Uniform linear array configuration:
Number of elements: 12
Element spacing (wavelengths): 0.75
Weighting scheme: uniform
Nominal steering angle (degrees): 60
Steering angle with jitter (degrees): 59.556
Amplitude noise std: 0.05
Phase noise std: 0.05

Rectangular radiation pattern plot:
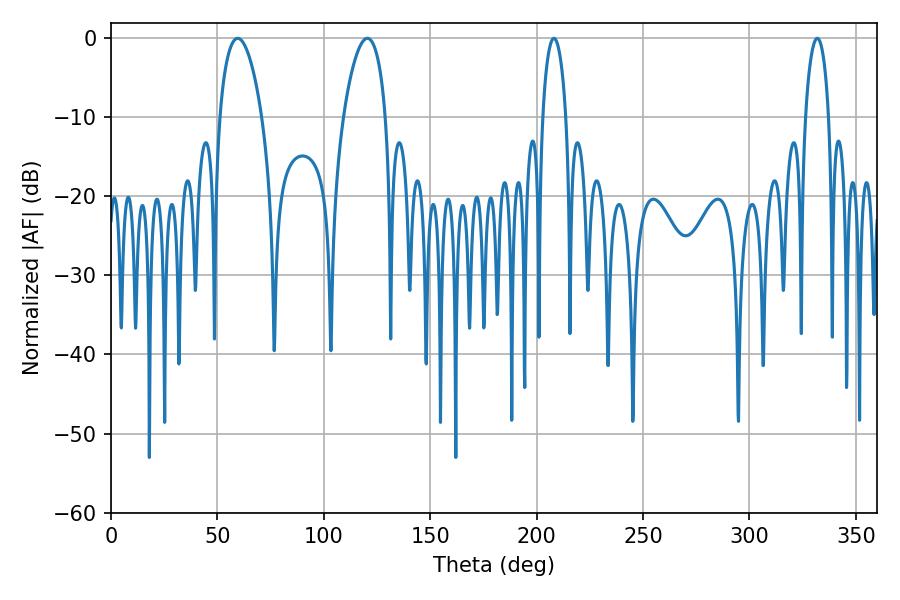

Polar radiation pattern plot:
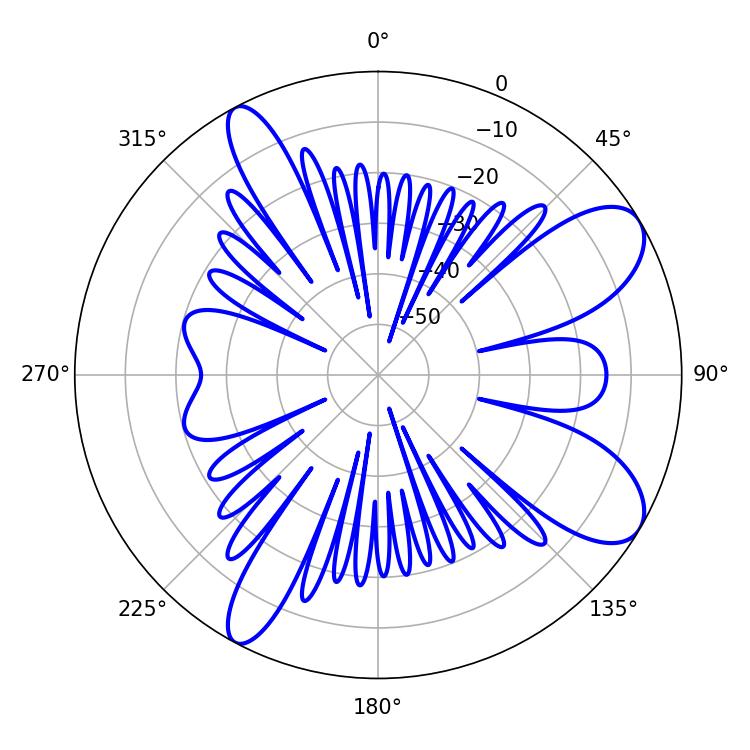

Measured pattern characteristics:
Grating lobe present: TRUE
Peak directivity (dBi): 9.04
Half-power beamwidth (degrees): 11.16
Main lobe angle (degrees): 59.58